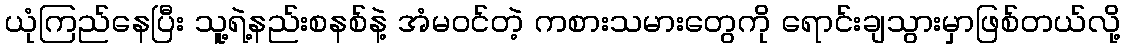
ယုံကြည်နေပြီး သူ့ရဲ့နည်းစနစ်နဲ့ အံမဝင်တဲ့ ကစားသမားတွေကို ရောင်းချသွားမှာဖြစ်တယ်လို့